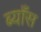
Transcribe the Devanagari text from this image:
ब्याँस